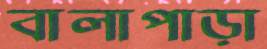
বালাপাড়া